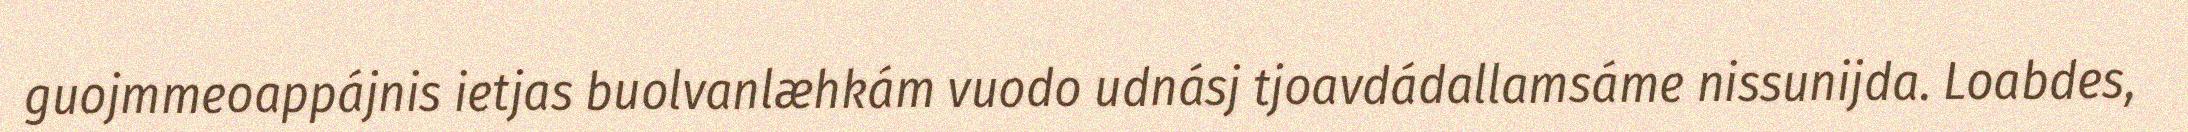
guojmmeoappájnis ietjas buolvanlæhkám vuodo udnásj tjoavdádallamsáme nissunijda. Loabdes,